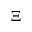
\Xi